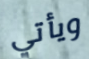
ويأتي